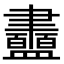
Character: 䀌